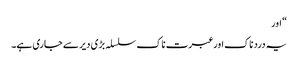
“ اور
یہ درد ناک اور عبرت ناک سلسلہ بڑی دیر سے جاری ہے۔